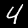
Digit: 4